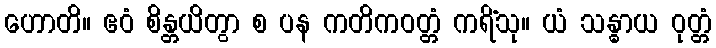
ဟောတိ။ ဧဝံ စိန္တယိတွာ စ ပန ကတိကဝတ္တံ ကရိံသု။ ယံ သန္ဓာယ ဝုတ္တံ